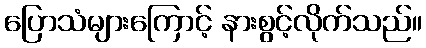
ပြောသံများကြောင့် နားစွင့်လိုက်သည်။